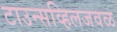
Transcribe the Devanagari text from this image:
टाउन्सव्हिलजवळ